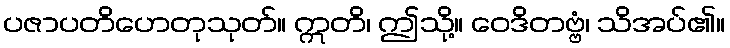
ပဇာပတိဟေတုသုတ်။ ဣတိ၊ ဤသို့။ ဝေဒိတဗ္ဗံ၊ သိအပ်၏။